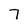
Character: 7